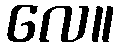
လေ။